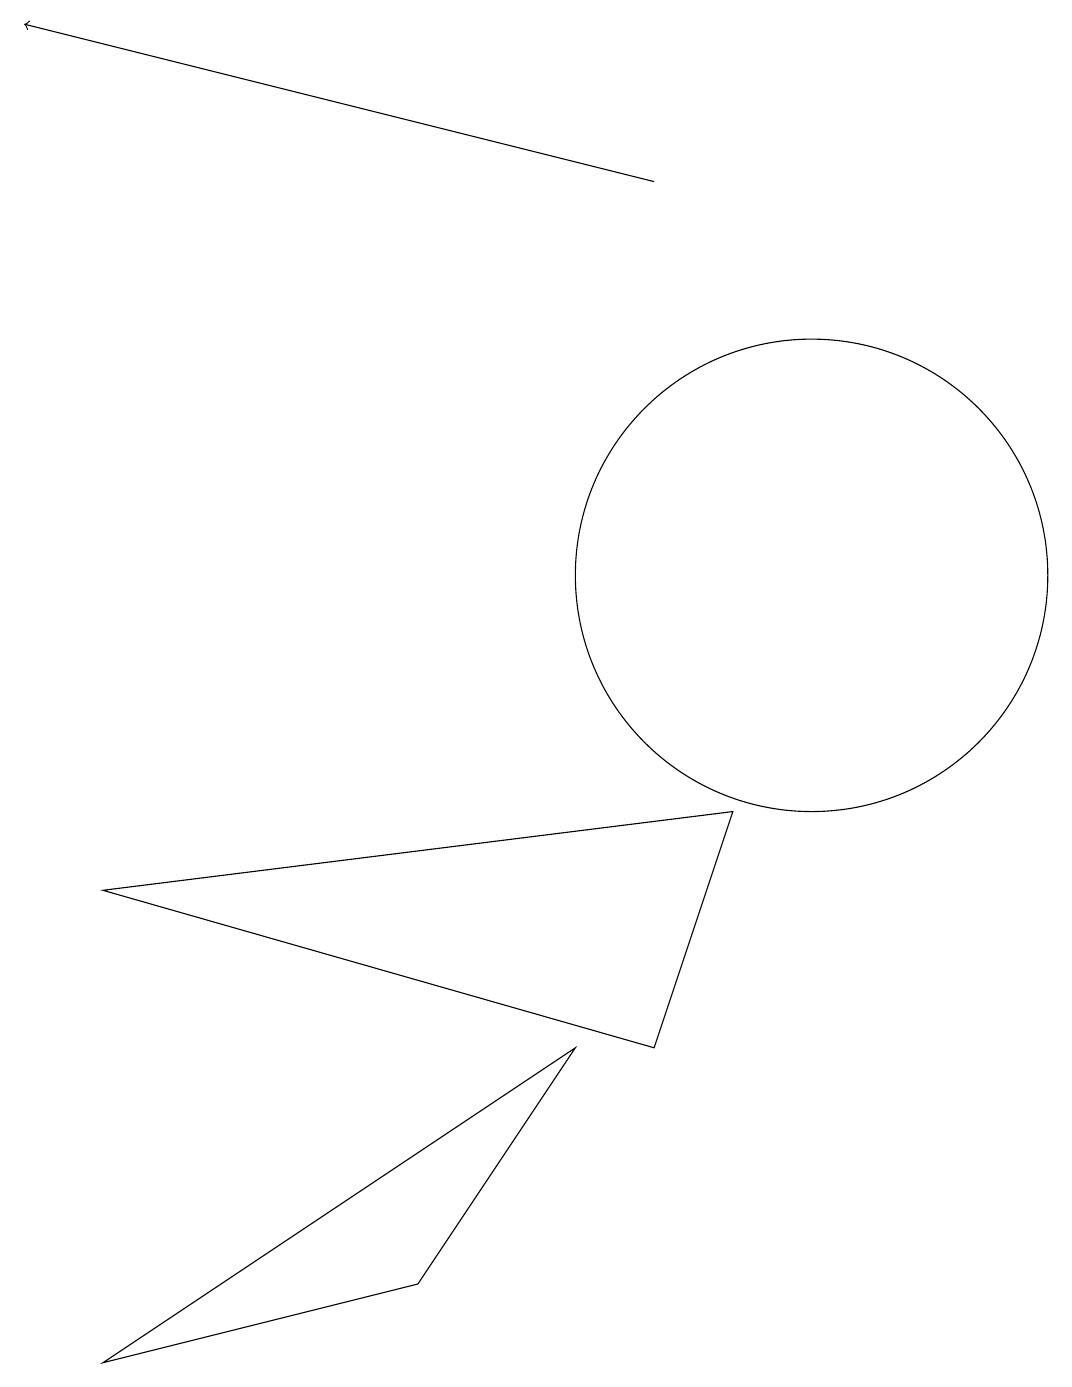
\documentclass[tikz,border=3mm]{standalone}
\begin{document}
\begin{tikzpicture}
\draw (3,10) rectangle (3,10);
\draw[->] (8,15) -- (0,17);
\draw (5,1) -- (1,0) -- (7,4) -- cycle;
\draw (10,10) circle (3);
\draw (9,7) -- (8,4) -- (1,6) -- cycle;
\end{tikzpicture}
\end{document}